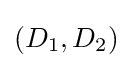
(D_{1},D_{2})